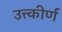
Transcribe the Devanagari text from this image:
उत्त्कीर्ण